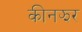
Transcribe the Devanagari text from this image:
कीनझर